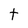
Character: t